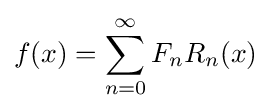
f(x)=\sum _{n=0}^{\infty }F_{n}R_{n}(x)